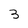
Character: 3